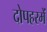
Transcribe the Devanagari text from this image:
दोपहरमें